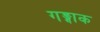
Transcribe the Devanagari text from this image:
गङ्गाक